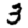
Digit: 3